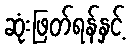
ဆုံးဖြတ်ရန်နှင့်